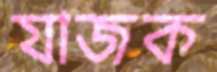
যাজক